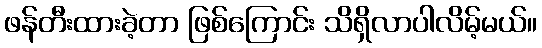
ဖန်တီးထားခဲ့တာ ဖြစ်ကြောင်း သိရှိလာပါလိမ့်မယ်။